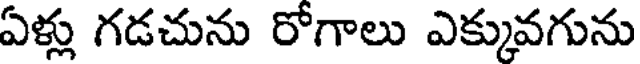
ఏళ్లు గడచును రోగాలు ఎక్కువగును